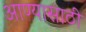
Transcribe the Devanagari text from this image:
आण्यासाठी